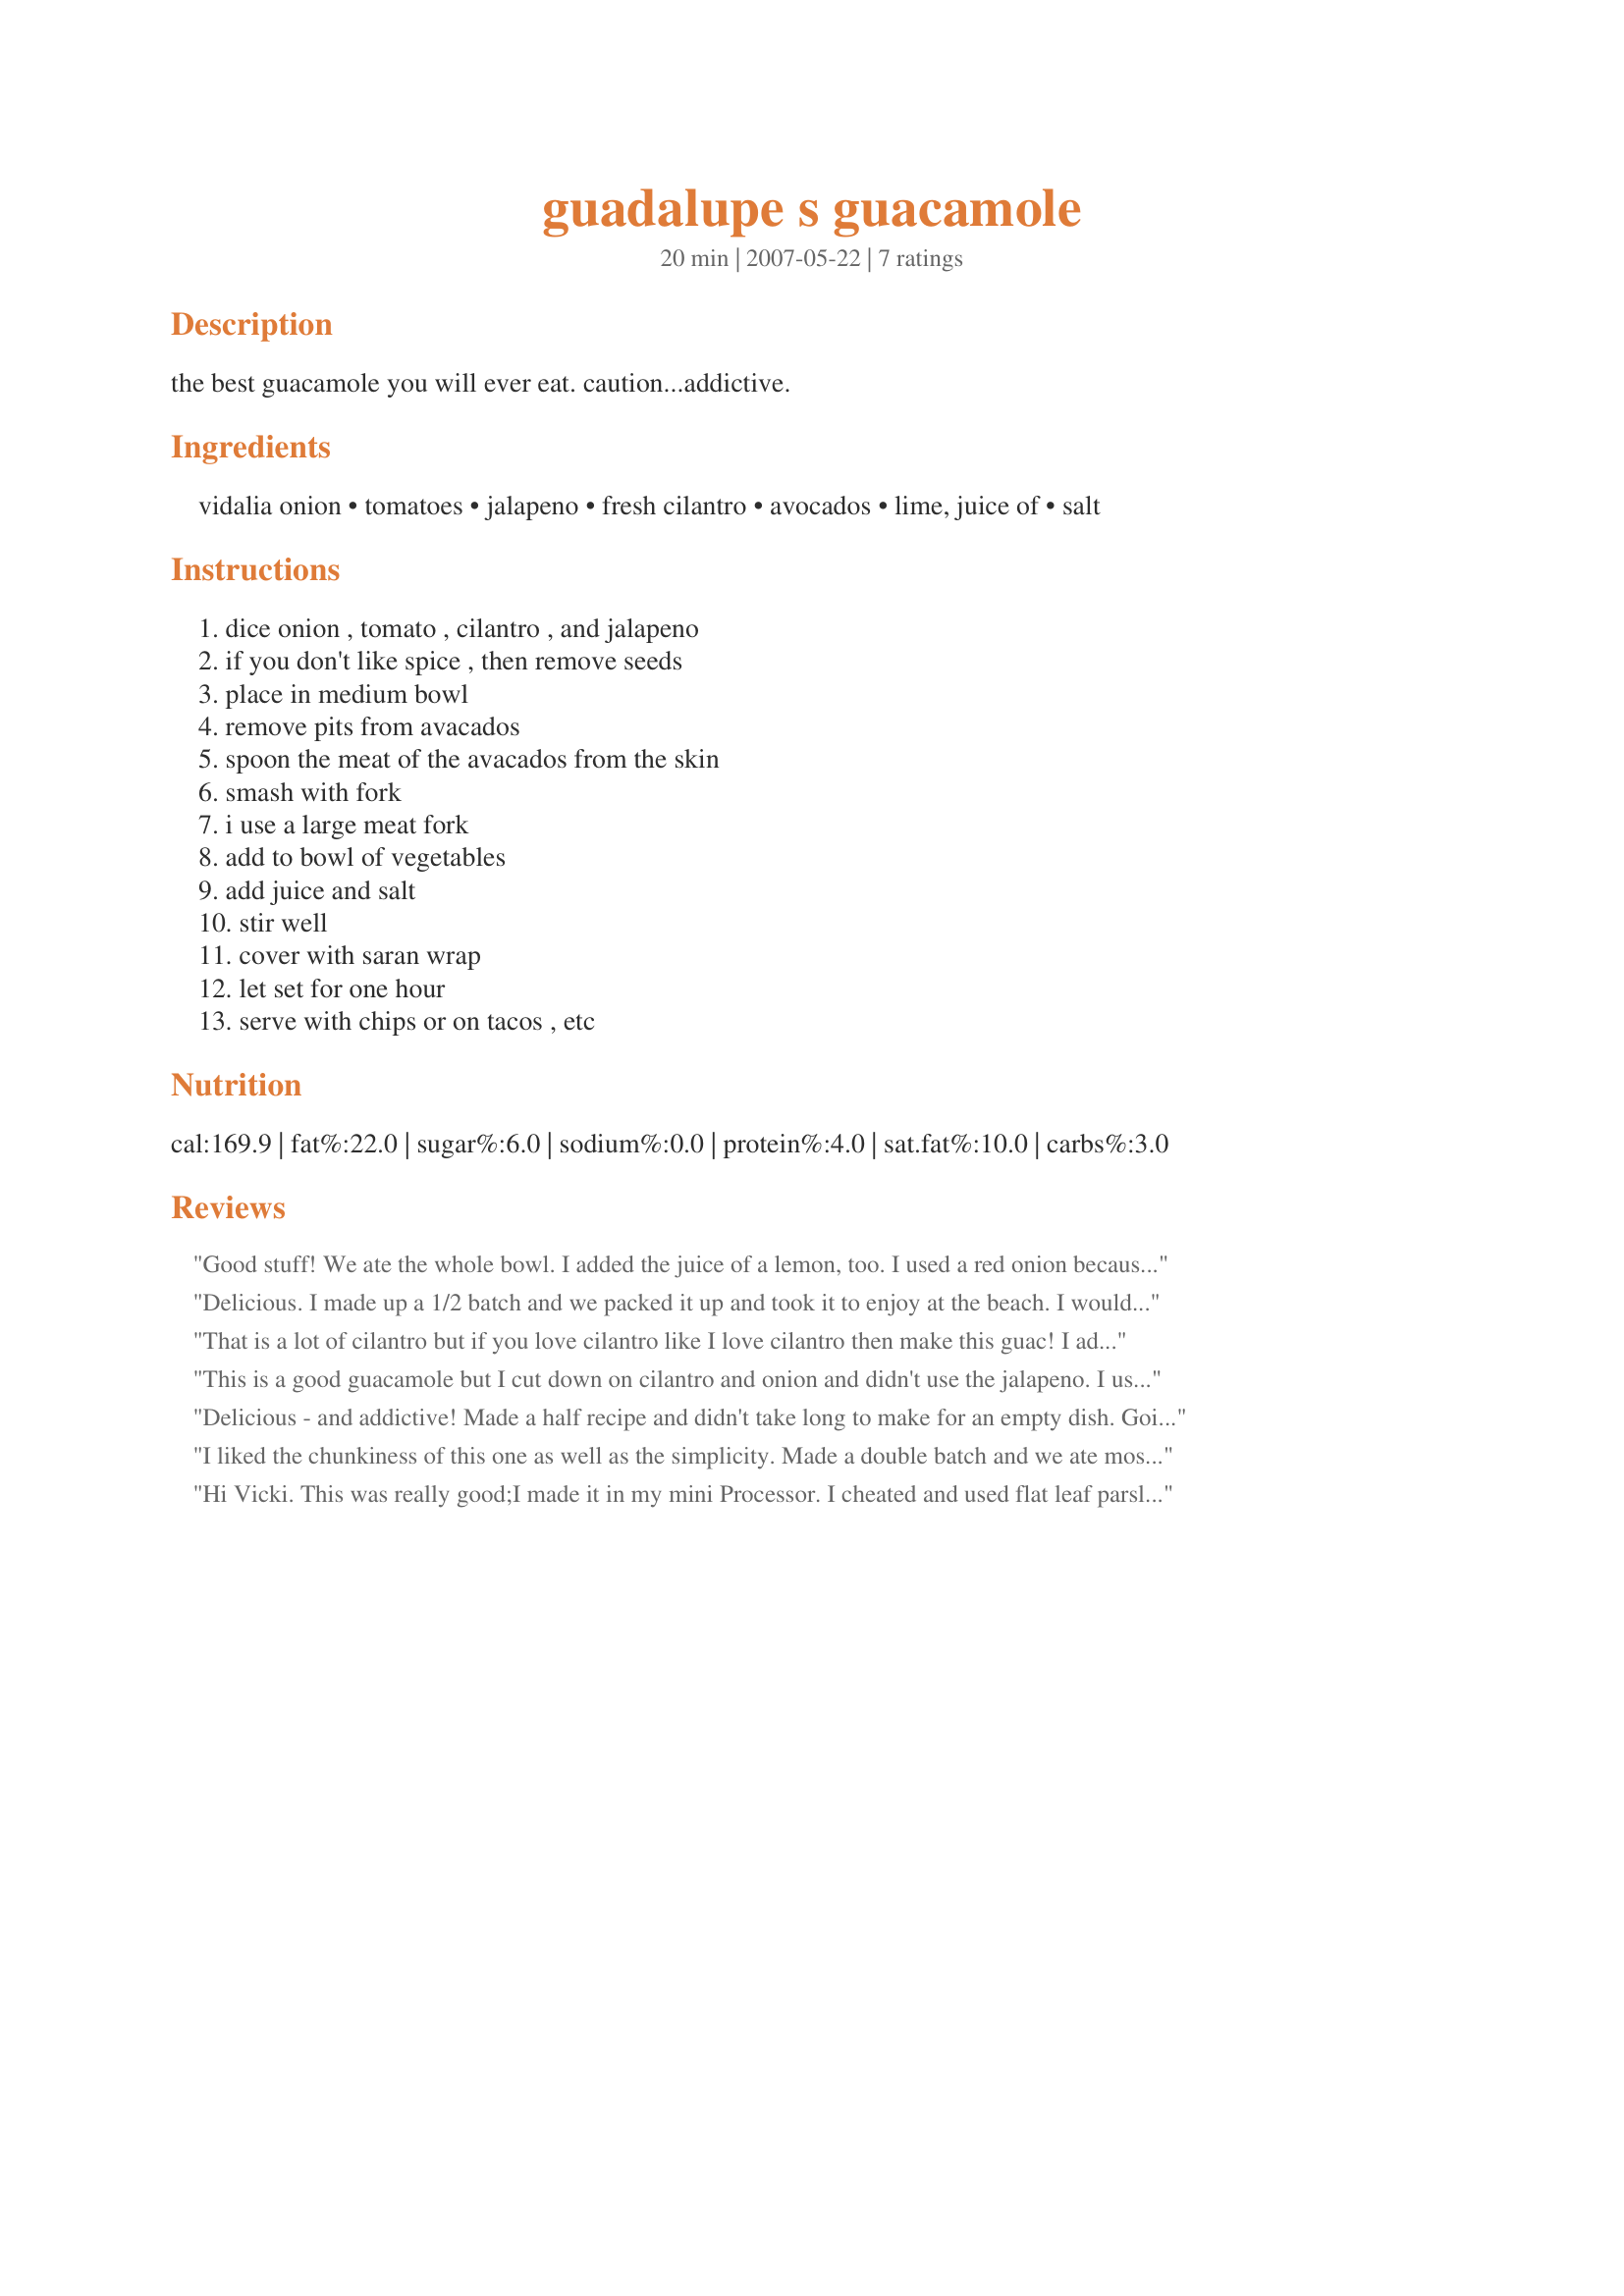
guadalupe s guacamole
Preparation time: 20 minutes

the best guacamole you will ever eat. caution...addictive.

Ingredients:
vidalia onion, tomatoes, jalapeno, fresh cilantro, avocados, lime, juice of, salt

Steps:
dice onion , tomato , cilantro , and jalapeno, if you don't like spice , then remove seeds, place in medium bowl, remove pits from avacados, spoon the meat of the avacados from the skin, smash with fork, i use a large meat fork, add to bowl of vegetables, add juice and salt, stir well, cover with saran wrap, let set for one hour, serve with chips or on tacos , etc

Reviews:
Good stuff! We ate the whole bowl. I added the juice of a lemon, too. I used a red onion because one was already peeled and I thought it would be pretty. Thanks! Reviewed for ZWT4
Delicious. I made up a 1/2 batch and we packed it up and took it to enjoy at the beach. I would use less cilantro next time, but it was not a biggy.
That is a lot of cilantro but if you love cilantro like I love cilantro then make this guac! I added about 1 tbsp mayo but other than that followed the recipe. It went over very well at my BBQ! (I think I ate most of though LOL)
This is a good guacamole but I cut down on cilantro and onion and didn't use the jalapeno. I used juice from 1/2 a lime. Made for ZWT4 for Cookin Cats.
Delicious - and addictive! Made a half recipe and didn't take long to make for an empty dish. Going to be sharing this recipe! I love cilantro and slowly introducing my family to it - so as usual go with using parsley for a good part of the cilantro and everyone enjoyed! It's going to see to a good many makings for my appetizer table!
I liked the chunkiness of this one as well as the simplicity. Made a double batch and we ate most as an appetizer last night.
Fast, easy and deliscious way to start a meal. Made on behalf of the Daffy Daffodils for ZWT4.
Hi Vicki.
This was really good;I made it in my mini Processor. I cheated and used flat leaf parsley; don't care for cilantro.We loved it;I spread some on toast this morning;lovely way to start the day.I made it for WT3;thanks for posting.
Rita
